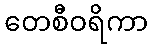
တေစီဝရိကာ